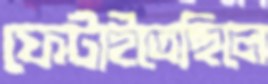
ফেটাইতেছিলে